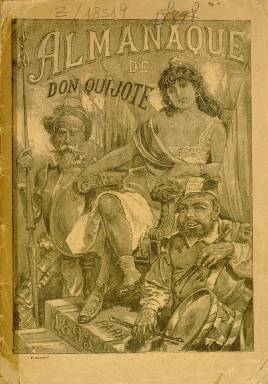
Título: Almanaque de Don Quijote
Colección: Almanaques
Ámbito geográfico: Madrid
Lugar de publicación: Madrid
Fechas: 01/01/1893-31/12/1900

Este almanaque comenzó publicándose en Argentina por el español Eduardo Sojo, quien editaba también un semanario satírico, republicano y anticlerical titulado igualmente Don Quijote. En 1893 Sojo regresó a España y ambas publicaciones, el semanario y el almanaque, pasaron a editarse en nuestro país. Sojo utilizaba el seudónimo de Demócrito y era también el principal ilustrador.

  La Biblioteca Nacional de España posee los almanaques de 1893, 1898 y 1900. Hay notables diferencias entre el primero y los dos últimos. El de 1893 pasa de las cien páginas y los otros cuentan con muchas menos además de que incluyen la fotografía, lo que falta en el primero, donde solo se ven grabados. En este todavía figuran los dibujos de Don Quijote y Sancho Pancha en la cubierta, algo que falta en los segundos.

Pero no son diferentes solo en los aspectos formales sino también en el contenido. El almanaque de 1893 conserva aún esa acerba sátira que había sido su seña de identidad en Argentina, mientras que los de fechas posteriores han perdido agresividad en favor de la literatura. Por ejemplo, en el de 1898 pueden leerse colaboraciones de Manuel Machado y Mariano de Cavia y en el 1900 hay elogios literarios a la figura de Emilio Castelar, el gran político del siglo XIX que llegó a presidir la I República, y que acababa de fallecer el año anterior.

   En el almanaque de 1893 figura este largo subtítulo que luego no se verá más:
  ‘Archivo de verdades y quijotadas contra camellos saguntinos, borregos parlamentarios, ratas presupuestívoras, sanguijuelas fusionistas y demás especies zoológico-políticas. Obra escrita a punta de lanza y lápiz en ristre con rabia y mala intención por Demócrito y sus apóstoles desde el arsenal revolucionario de la santa causa de la república’.

 Es probable que la publicación fuera suspendida por el Gobierno y esa sea la razón por la que la BNE no posee los almanaques de los años siguientes hasta el de 1898, en el que el tono se ha rebajado ostensiblemente.

  Eduardo Sojo trabajó en publicaciones humorísticas y satíricas como El Motín, Madrid cómico, Gil Blas o La Broma. Tras permanecer diez años en Argentina volvió a España y siguió trabajando hasta su muerte en Madrid en 1908.

   Un estudio de este importante caricaturista y dibujante satírico puede leerse en internet en la Revista Científica de Información y Comunicación por Antonio Laguna Platero, de la Universidad de Castilla-la Mancha, y Francesc A. Martínez Gallego, de la Universidad de Valencia.

[Descripción publicada el 5/05/2023]